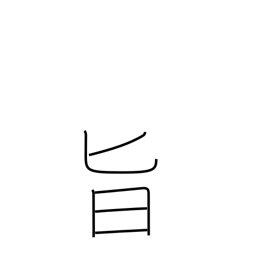
Meaning: relish